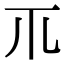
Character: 𥘅